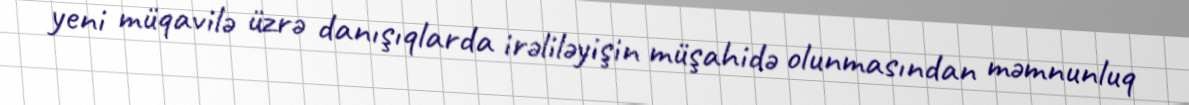
yeni müqavilə üzrə danışıqlarda irəliləyişin müşahidə olunmasından məmnunluq